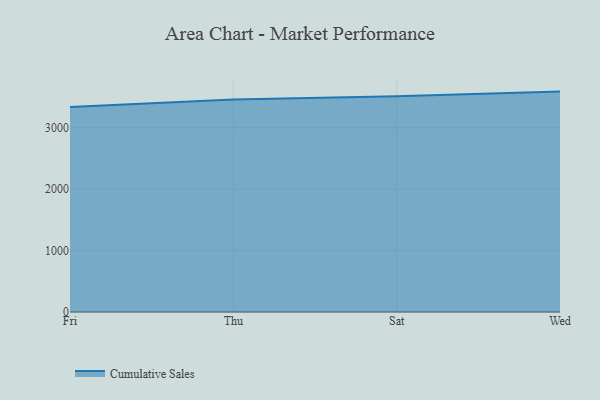
{"axis": {"x": "Day", "y": "Backlog"}, "legend": ["Cumulative Sales"], "data": [{"x": "Fri", "y": 3338.4, "type": "Cumulative Sales"}, {"x": "Thu", "y": 3458.0, "type": "Cumulative Sales"}, {"x": "Sat", "y": 3514.1, "type": "Cumulative Sales"}, {"x": "Wed", "y": 3588.2, "type": "Cumulative Sales"}]}